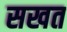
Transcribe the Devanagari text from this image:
सखत